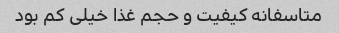
متاسفانه کیفیت و حجم غذا خیلی کم بود